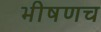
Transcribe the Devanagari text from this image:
भीषणच